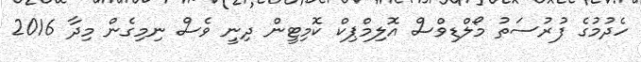
ހެދުމުގެ ފުރުސަތު މޯލްޑިވްސް އޮލިމްޕިކް ކޮމިޓީން ދިނީ ވެސް ނިމިގެން މިދާ 2016